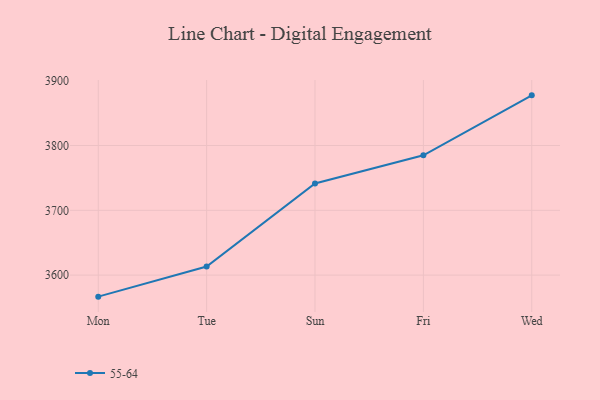
{"axis": {"x": "Day", "y": "Net Income (USD K)"}, "legend": ["55-64"], "data": [{"x": "Mon", "y": 3566.8, "type": "55-64"}, {"x": "Tue", "y": 3613.3, "type": "55-64"}, {"x": "Sun", "y": 3741.5, "type": "55-64"}, {"x": "Fri", "y": 3784.9, "type": "55-64"}, {"x": "Wed", "y": 3877.4, "type": "55-64"}]}